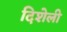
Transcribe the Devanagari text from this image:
दिशेली